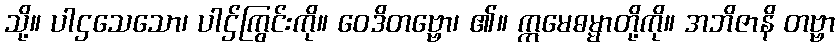
သို့။ ပါဌသေသော၊ ပါဌ်ကြွင်းကို။ ဝေဒိတဗ္ဗော၊ ၏။ ဣမေဓမ္မာတို့ကို။ အဘိဇာနိ တဗ္ဗာ